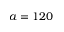
a = 1 2 0